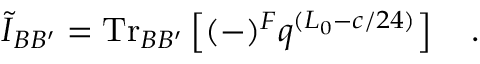
\widetilde { \cal I } _ { B B ^ { \prime } } = \mathrm { T r } _ { B B ^ { \prime } } \left[ ( - ) ^ { F } q ^ { ( L _ { 0 } - c / 2 4 ) } \right] \quad .